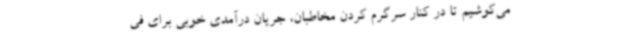
می‌کوشیم تا در کنار سرگرم کردن مخاطبان، جریان درآمدی خوبی برای فی